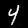
Label: 4